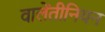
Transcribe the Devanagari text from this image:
वालेंतीनियन